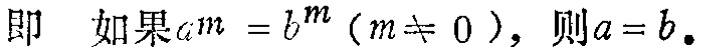
即 如果\(a^{m} = b^{m}(m\neq 0)\)，则\(a = b\)。